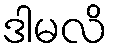
ဒါမလိ